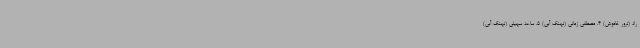
راد (ترور خاموش) 4. مصطفی زمانی (نهنگ آبی) 5. ساعد سهیلی (نهنگ آبی)